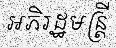
អភិរដ្ឋមន្ត្រី